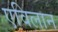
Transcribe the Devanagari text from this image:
एविलान